Subject: cs
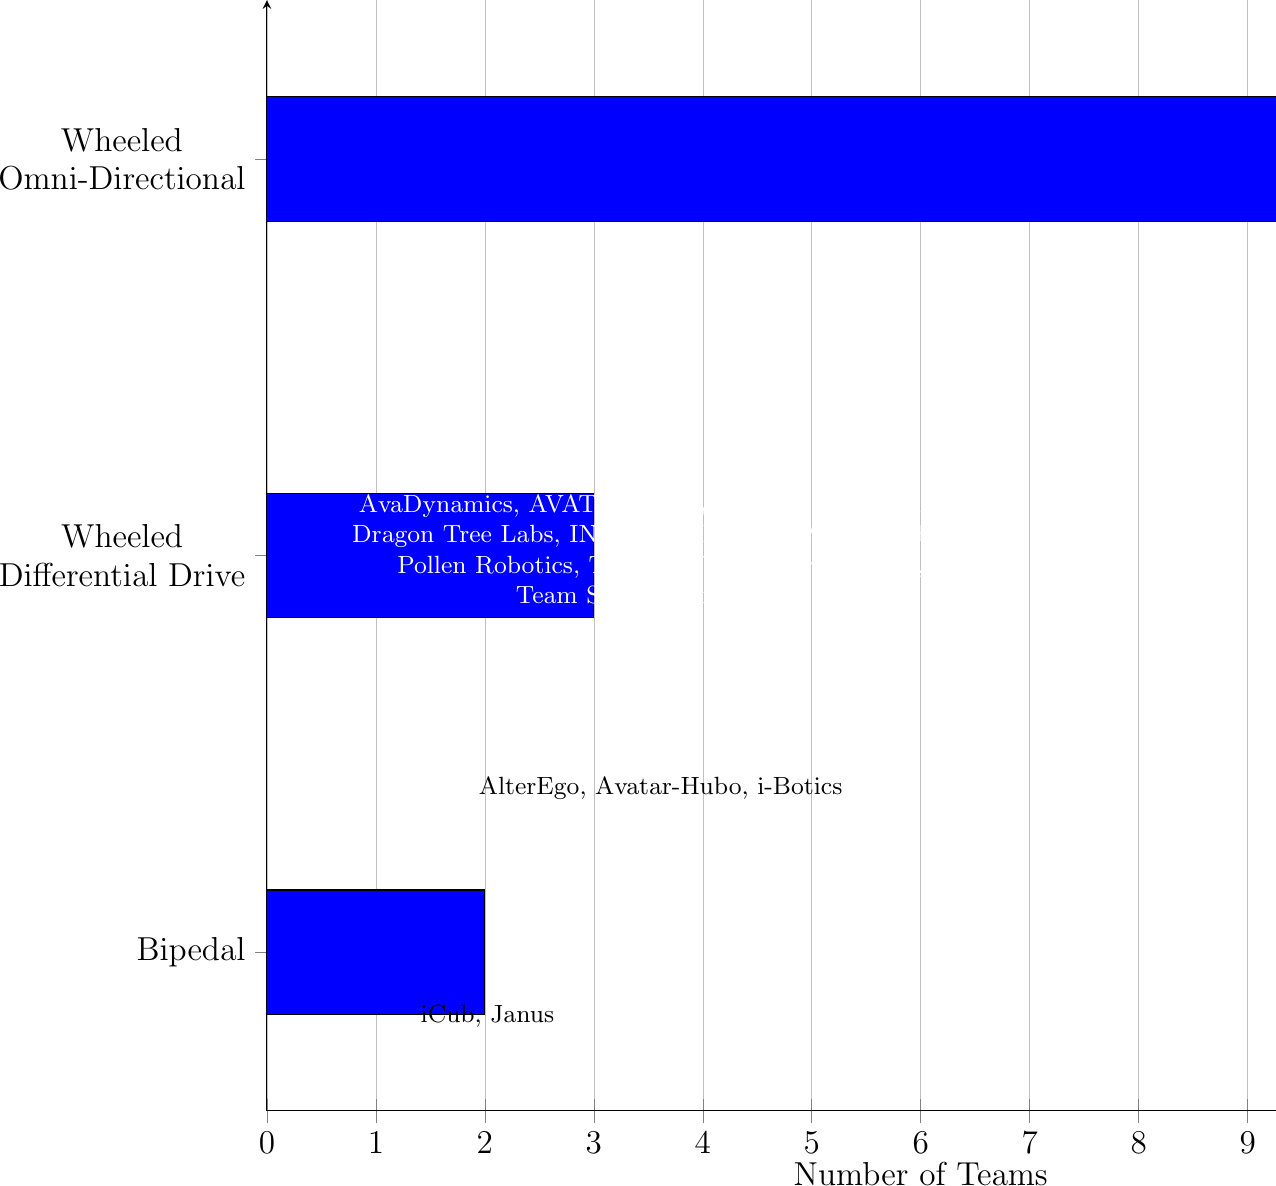
LaTeX code:
    \begin{tikzpicture}
    \begin{axis}[
        axis y line       = left,
        axis x line       = bottom,
        tickwidth         = 5pt,
        enlarge y limits  = 0.2,
        xmin              = 0,
        xmax              = 12,
        width             = 1.5\columnwidth,
        yticklabels={
            Wheeled\\Omni-Directional,
            Wheeled\\Differential Drive,
            Bipedal
        },
        ytick             = data,
        bar width         = 45pt,
        xlabel            = Number of Teams,
        xlabel style={
        font =\large,
        align=center
        },
        major grid style  = {
            line width = 0.2pt,
            draw=gray!50
            },
        ymajorgrids=false,
        xmajorgrids=true,
        xminorgrids=false,
        major tick length=3mm,
        minor tick length=2mm,
        y tick label style={
        font =\large,
        align=center
        },
        x tick label style={
        font =\large,
        align=center
        },
    ]
    \addplot[xbar,fill=blue] coordinates {
        (12,2)
        (3,1)
        (2,0)
    };
    \end{axis}
    \node[font=\small, text=white, align=center] at (5,7.1) {AvaDynamics, AVATRINA, Cyberselves | Touchlab, \\Dragon Tree Labs, INBIODROID, Last Mile, NimbRo,\\Pollen Robotics, Tangible, Team Northeastern,\\Team SNU, Team UNIST};
    \node[font=\small, text=black, align=center] at (5,4.1) {AlterEgo, Avatar-Hubo, i-Botics};
    \node[font=\small, text=black, align=center] at (2.8,1.2) {iCub, Janus};

    \end{tikzpicture}